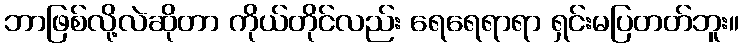
ဘာဖြစ်လို့လဲဆိုတာ ကိုယ်တိုင်လည်း ရေရေရာရာ ရှင်းမပြတတ်ဘူး။